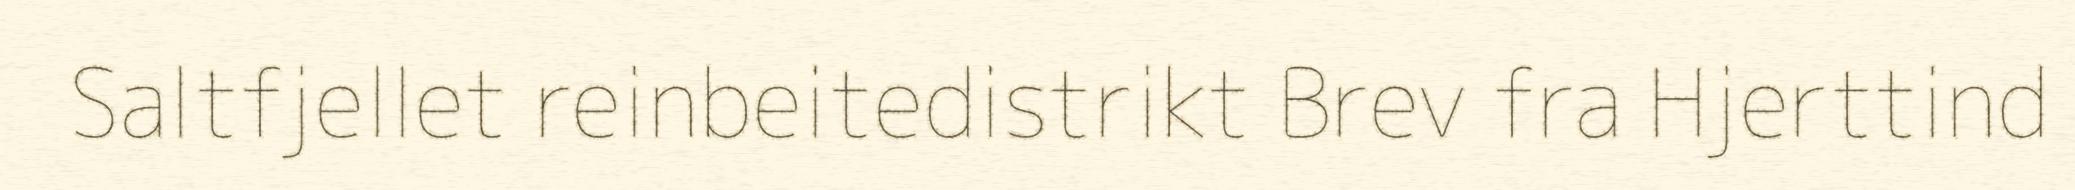
Saltfjellet reinbeitedistrikt Brev fra Hjerttind